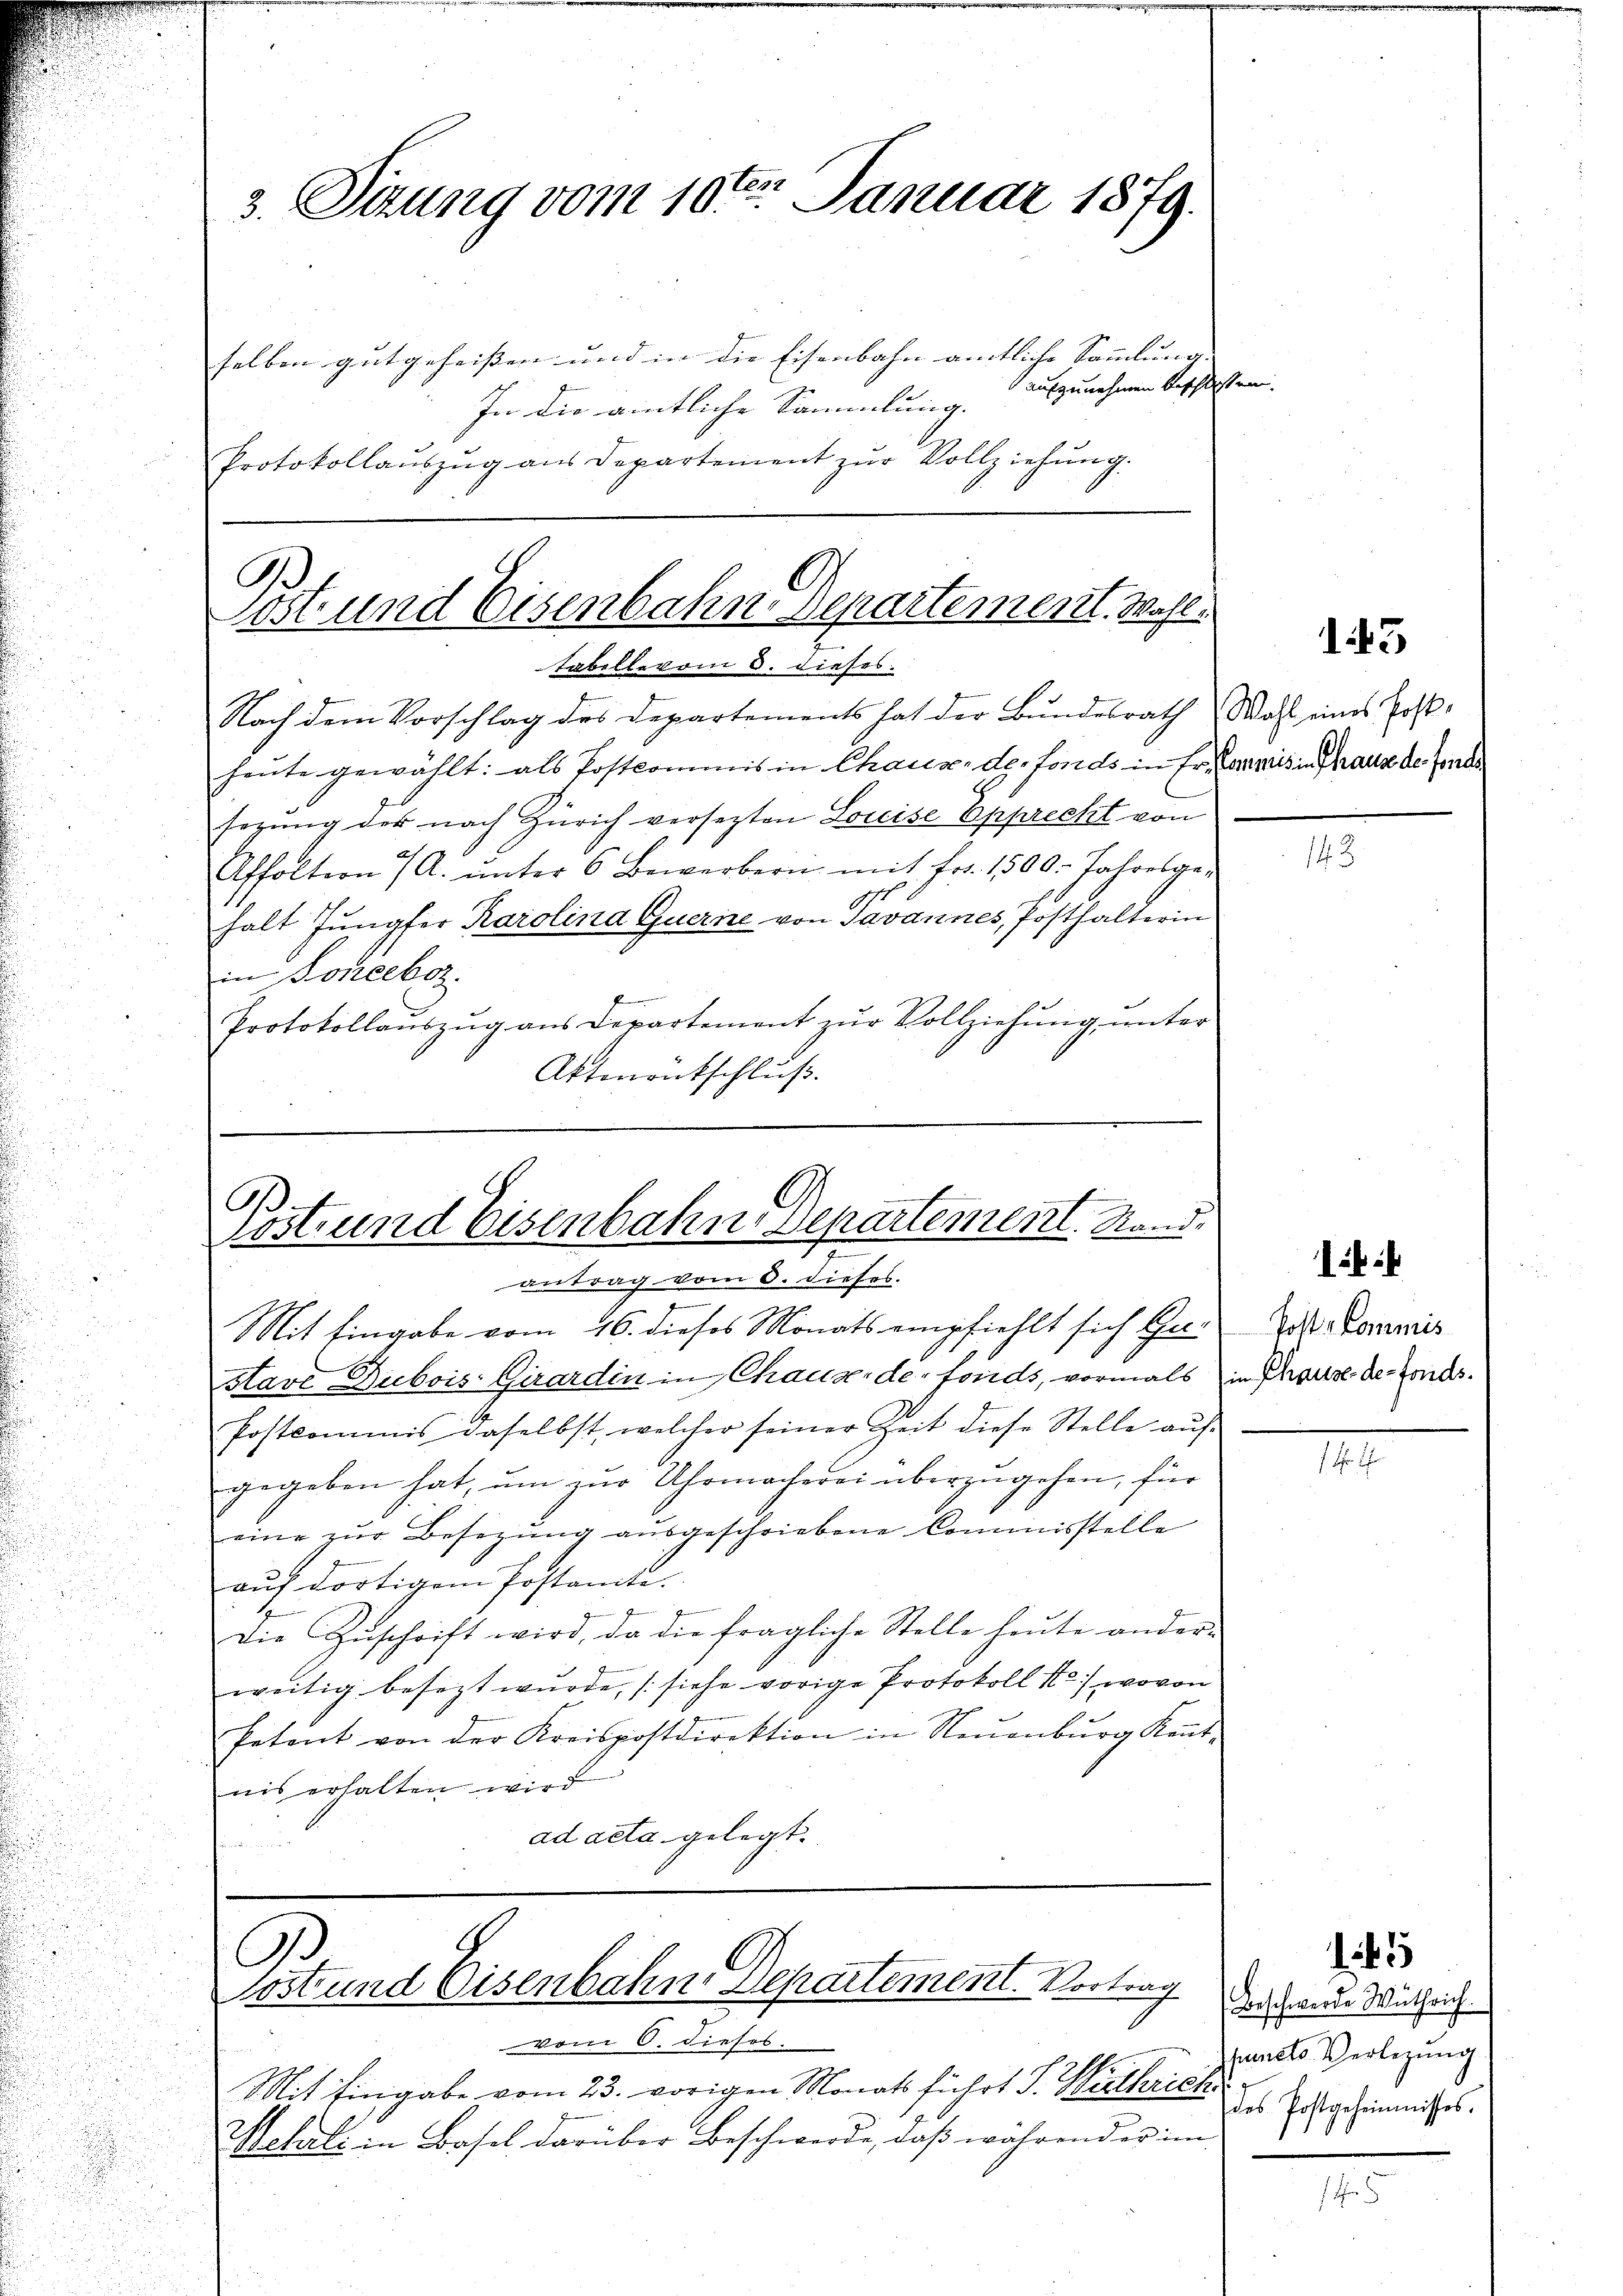
In die amtliche Sammlung.
Protokollauszug aus Departement zur Vollziehung.

3. Sitzung vom 10ten Januar 1879.
selben gutgeheissen und in die Eisenbahn amtliche Sammlung. |
aufzunehmen beschlossen.

B
sos und Eisenbahn Departement. Wohltabellevom 6. dieses

Nach dem Vorschlag des Departements hat der Bundesrath Wahl eines Erst-
heute gewählt: als Postkommnis in Chaux-de-Fonds in Er Camis in Thaus de fonder
sezung der nach Zürich versezten Loccise Epprecht von
Affoltion 7 A. ŭnter 6 Bewerbern mit Fr. 1500. Jahresges
halt Jungfer Karolina Guerne von Tavannes, Posthalterin
in Soneebez.
Protokollauszug aus Departement zur Vollziehung, unter
Aktenentschluß.

B
löst und Eisenbahn Departement. Stand.
antrag vom 8. dieses.

Mit Eingabe vom 26. dieses Monats empfiehlt sich Gustave Dubois-Girardin in Chause de fonds, vormals in Schause der Fonds.
Postcommis daselbst, welcher seiner Zeit diese Stelle auf-
gegeben hat, um zur Uhrmacherei überzugehen, für
eine zŭr Besetzŭng aŭsgeschriebene Commisstelle
auf dortigem Postante.
die Zuschrift wird, da die fragliche Stelle heute ander-
weitig besezt wurde, (siehe vorige Protokoll 1) wovon
Petent von der Kreispostdirektion in Neuenburg Kennt-
nis erhalten wird
ad acta gelegt.

G
rost und Eisenbahn Departement. Vortrag

vom 6. Fiehrs.
Mit Eingabe vom 23. vorigen Monats führt S. Wirtherich
Weheli in Basel darüber Beschwerde, daß während er im

143

Post-Commis

.

15

Beschwerde Wüthrich.
puncto Verlegung
des Postgeheimnisses.